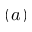
( a )